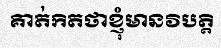
គាត់កិតថាខ្ញុំមានវិបត្តិ